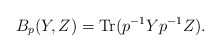
\begin{align*}B_{p}(Y,Z)=\operatorname{Tr}(p^{-1}Yp^{-1}Z). \end{align*}